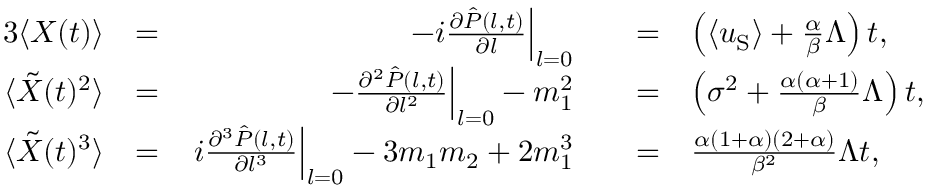
\begin{array} { r l r l r l } { { 3 } \langle X ( t ) \rangle } & { = } & { \left. - i \frac { \partial \hat { P } ( l , t ) } { \partial l } \right\vert _ { l = 0 } } & { } & { = } & { \left( \langle u _ { \mathrm { S } } \rangle + \frac { \alpha } { \beta } \Lambda \right) t , } \\ { \langle \tilde { X } ( t ) ^ { 2 } \rangle } & { = } & { \left. - \frac { \partial ^ { 2 } \hat { P } ( l , t ) } { \partial l ^ { 2 } } \right\vert _ { l = 0 } - m _ { 1 } ^ { 2 } } & { } & { = } & { \left( \sigma ^ { 2 } + \frac { \alpha ( \alpha + 1 ) } { \beta } \Lambda \right) t , } \\ { \langle \tilde { X } ( t ) ^ { 3 } \rangle } & { = } & { \left. i \frac { \partial ^ { 3 } \hat { P } ( l , t ) } { \partial l ^ { 3 } } \right\vert _ { l = 0 } - 3 m _ { 1 } m _ { 2 } + 2 m _ { 1 } ^ { 3 } } & { } & { = } & { \frac { \alpha ( 1 + \alpha ) ( 2 + \alpha ) } { \beta ^ { 2 } } \Lambda t , } \end{array}